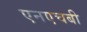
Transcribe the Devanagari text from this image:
एनएचबी